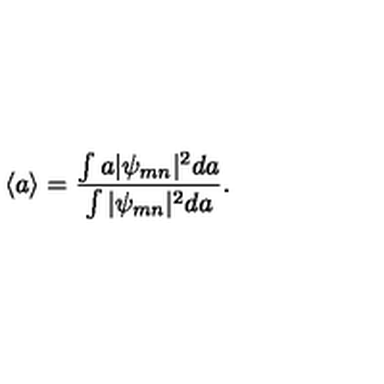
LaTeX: \langle a \rangle = \frac { \int a | \psi _ { m n } | ^ { 2 } d a } { \int | \psi _ { m n } | ^ { 2 } d a } .